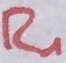
Text: R1